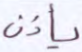
يأذن